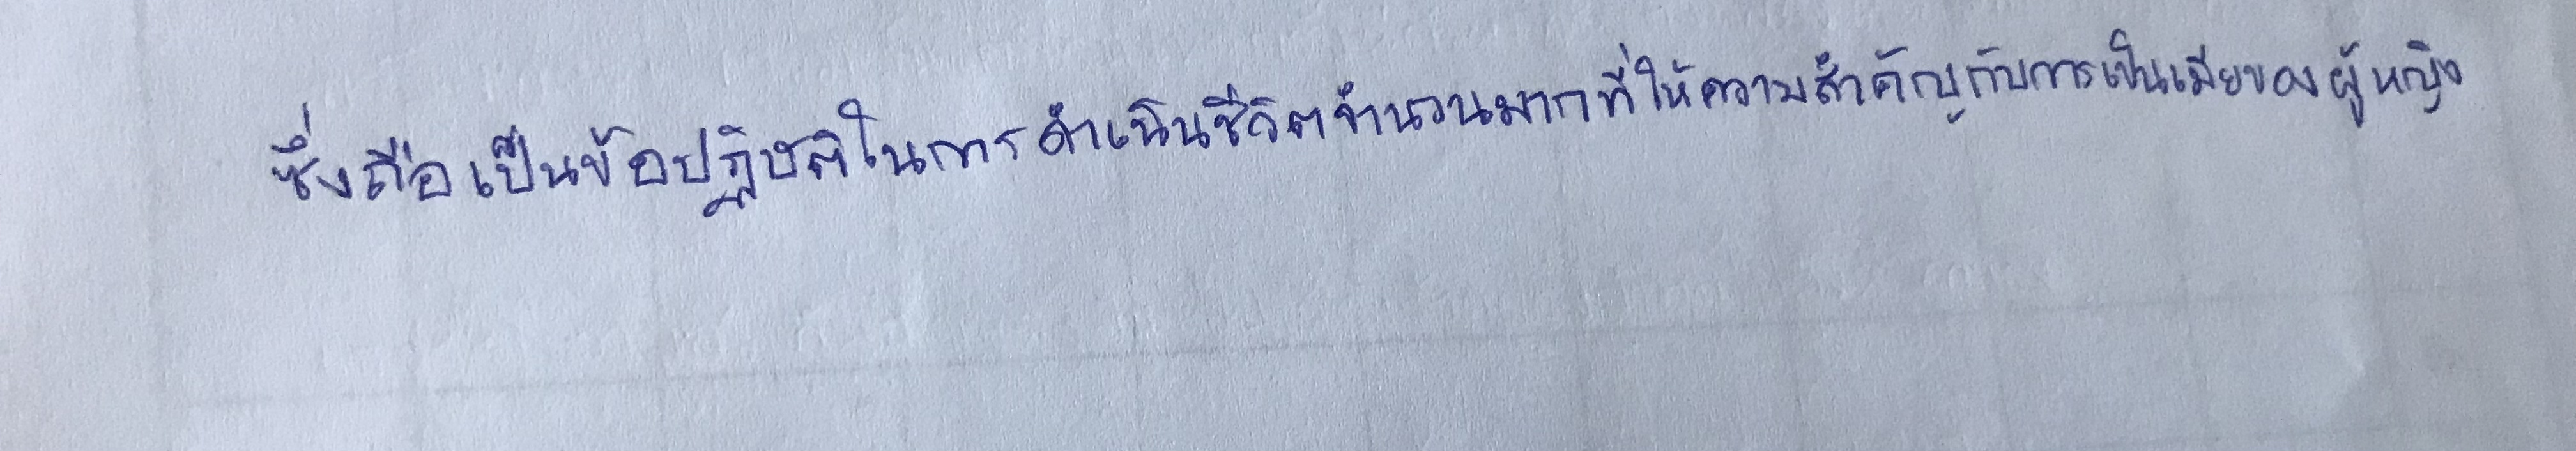
ซึ่งถือเป็นข้อปฎิบัติในการดำเนินชีวิตจำนวนมากที่ให้ความสำคัญกับการเป็นเมียของผู้หญิง